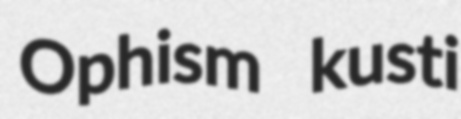
Ophism kusti